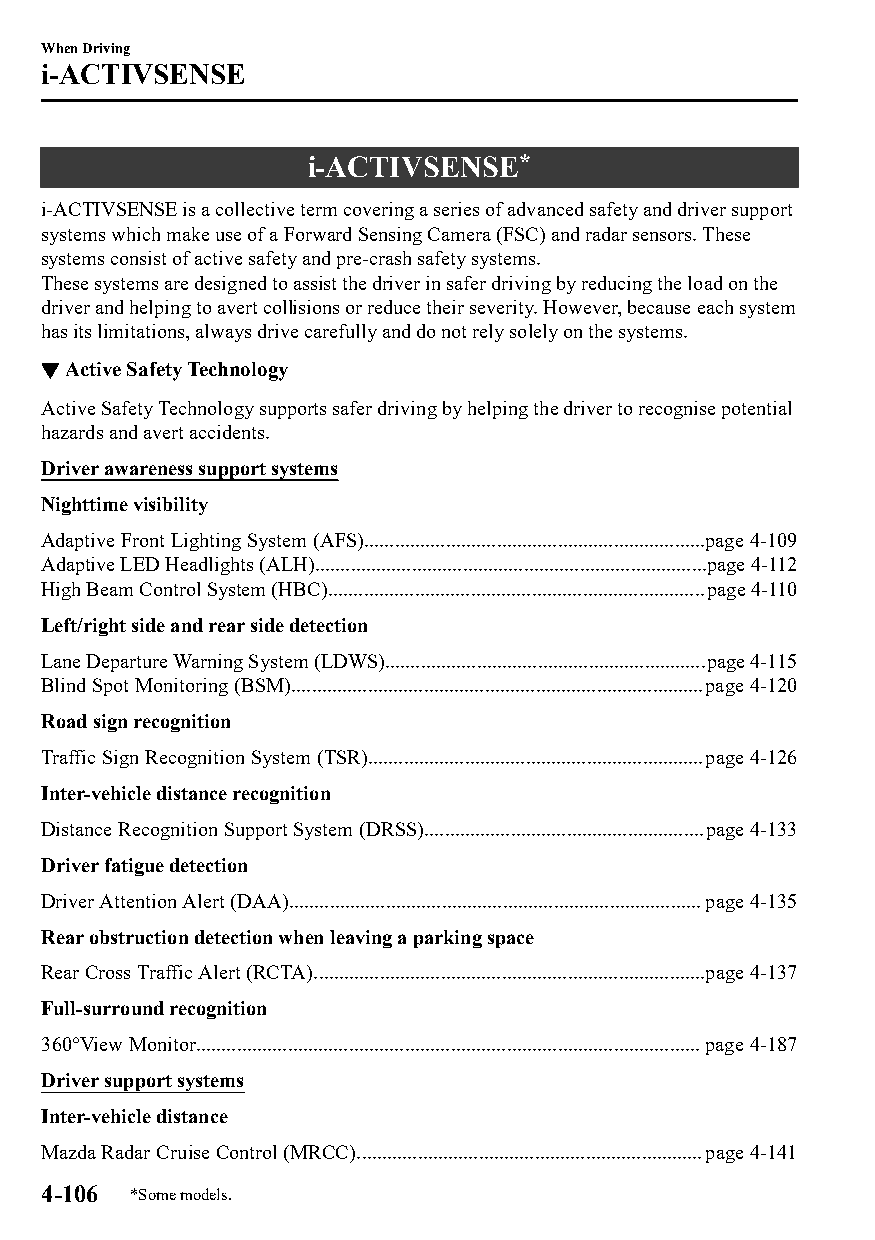
When Driving
 i-ACTIVSENSE
 i-ACTIVSENSE*
 i-ACTIVSENSE is a collective term covering a series of advanced safety and driver support
 systems which make use of a Forward Sensing Camera (FSC) and radar sensors. These
 systems consist of active safety and pre-crash safety systems.
 These systems are designed to assist the driver in safer driving by reducing the load on the
 driver and helping to avert collisions or reduce their severity. However, because each system
 has its limitations, always drive carefully and do not rely solely on the systems.
 ▼Active Safety Technology
 Active Safety Technology supports safer driving by helping the driver to recognise potential
 hazards and avert accidents.
 Driver awareness support systems
 Nighttime visibility
 Adaptive Front Lighting System (AFS)...................................................................page 4-109
 Adaptive LED Headlights (ALH).............................................................................page 4-112
 High Beam Control System (HBC)..........................................................................page 4-110
 Left/right side and rear side detection
 Lane Departure Warning System (LDWS)...............................................................page 4-115
 Blind Spot Monitoring (BSM).................................................................................page 4-120
 Road sign recognition
 Traffic Sign Recognition System (TSR)..................................................................page 4-126
 Inter-vehicle distance recognition
 Distance Recognition Support System (DRSS).......................................................page 4-133
 Driver fatigue detection
 Driver Attention Alert (DAA).................................................................................page 4-135
 Rear obstruction detection when leaving a parking space
 Rear Cross Traffic Alert (RCTA).............................................................................page 4-137
 Full-surround recognition
 360°View Monitor...................................................................................................page 4-187
 Driver support systems
 Inter-vehicle distance
 Mazda Radar Cruise Control (MRCC)....................................................................page 4-141
 4-106 *Some models.
 CX-3_8GT4-EE-18D_Edition4                  2018-9-6 18:32:19